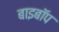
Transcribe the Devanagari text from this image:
बाइबॉप